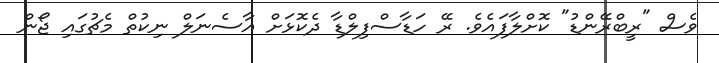
ވެސް "ރީބްރޭންޑު" ކޮށްލާފައެވެ. ރޭ ހަޑާސްފިލްޑާ ދެކޮޅަށް އާސެނަލް ނިކުތް މެޗުގައި ޖޯން